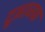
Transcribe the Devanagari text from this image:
दुभाजक